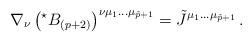
LaTeX: \begin{align*}\nabla_{\nu}\left({}^{\star}B_{(p+2)}\right)^{\nu\mu_{1}\ldots\mu_{\tilde{p}+1}} =\tilde{J}^{\mu_{1}\ldots\mu_{\tilde{p}+1}}\, .\end{align*}